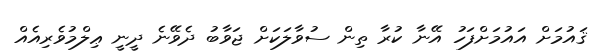
ޤައުމަށް އައުމަށްފަހު އޭނާ ކުރާ ތިން ސުވާލަކަށް ޖަވާބު ދެވޭނެ ދީނީ ޢިލްމުވެރިއެއް